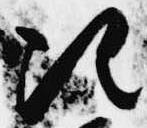
次